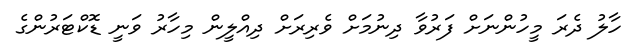
ހާލު ދެރަ މީހުންނަށް ފަރުވާ ދިނުމަށް ވެރިރަށް ދިއްލީން މިހާރު ވަނީ ޑޮކްޓަރުންގެ